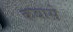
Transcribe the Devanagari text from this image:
कबासे